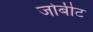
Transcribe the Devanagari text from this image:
जोबीट